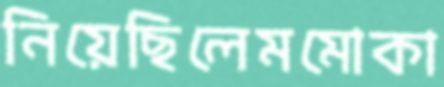
নিয়েছিলেমমোকা